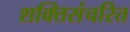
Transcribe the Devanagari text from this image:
शक्तिसंचरित